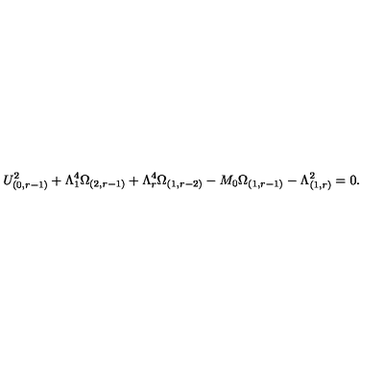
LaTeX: U _ { ( 0 , r - 1 ) } ^ { 2 } + \Lambda _ { 1 } ^ { 4 } \Omega _ { ( 2 , r - 1 ) } + \Lambda _ { r } ^ { 4 } \Omega _ { ( 1 , r - 2 ) } - M _ { 0 } \Omega _ { ( 1 , r - 1 ) } - \Lambda _ { ( 1 , r ) } ^ { 2 } = 0 .